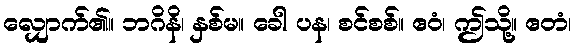
လျှောက်၏။ ဘဂိနိ၊ နှစ်မ။ ခေါ ပန၊ စင်စစ်။ ဧဝံ၊ ဤသို့။ ဧတံ၊